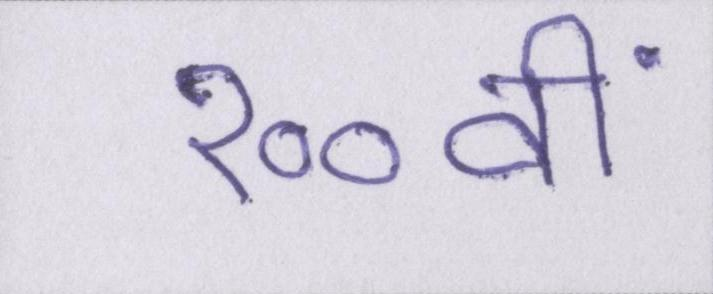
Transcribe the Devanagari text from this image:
१००वीं